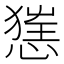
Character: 𢞪